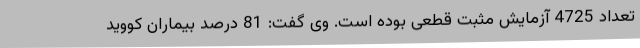
تعداد 4725 آزمایش مثبت قطعی بوده است. وی گفت: 81 درصد بیماران کووید